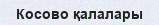
Косово қалалары